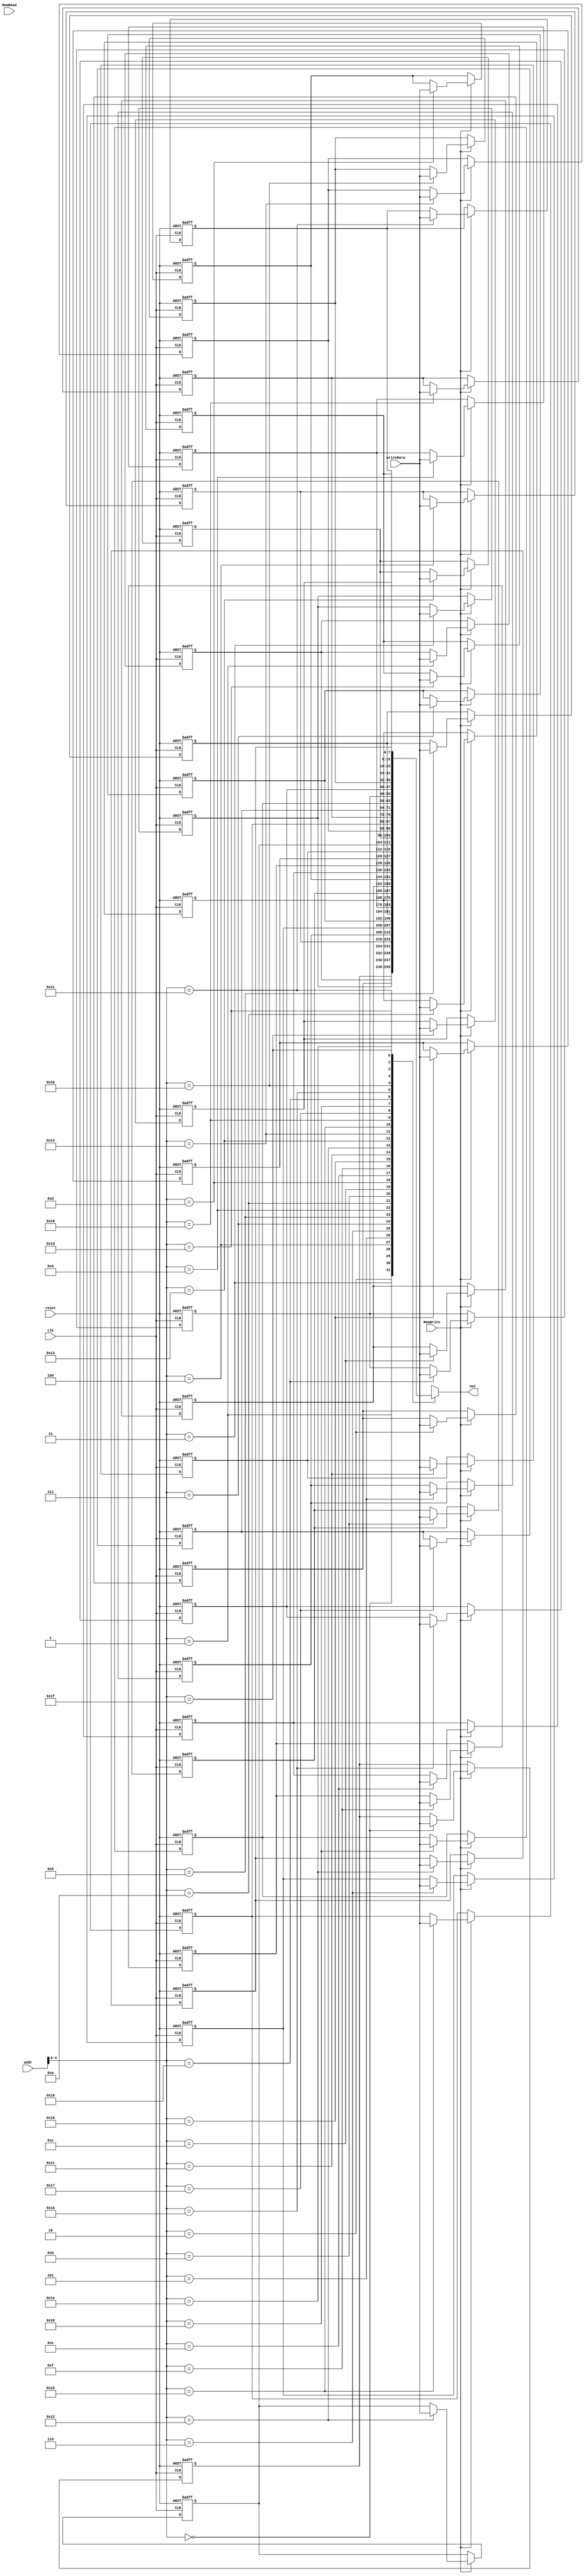
`timescale 1ns / 1ps

module DMEM(
	input [7:0] addr,
	input [7:0] writeData,
	input MemRead,
	input MemWrite,
	input clk,
	input reset,
	output [7:0] out
    );
	 
	 integer i;
	 reg [7:0]mem[31:0];
	 assign out = mem[addr];
	 
	 always@(posedge clk or posedge reset) begin
		if (reset) begin
			for (i=0;i<16;i = i+1) begin
				mem[i] <= i;
				mem[i+16] <= -i;
			end
		end
		else begin
			if (MemWrite) begin
				mem[addr] <= writeData;
			end
		end
	 end
	 


endmodule